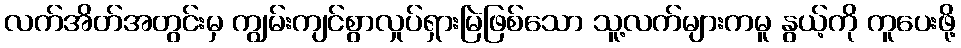
လက်အိတ်အတွင်းမှ ကျွမ်းကျင်စွာလှုပ်ရှားမြဲဖြစ်သော သူ့လက်များကမူ နွယ့်ကို ကူပေးဖို့